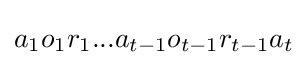
a_{1}o_{1}r_{1}...a_{t-1}o_{t-1}r_{t-1}a_{t}